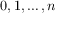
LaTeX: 0 , 1 , \ldots , n